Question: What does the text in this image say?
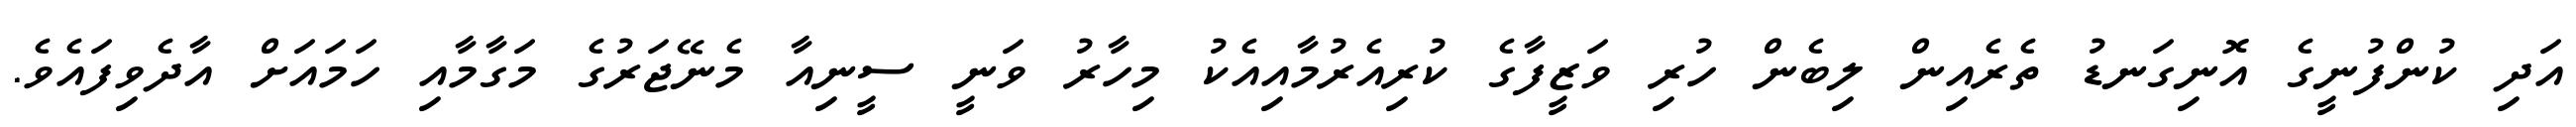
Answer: އަދި ކުންފުނީގެ އޮނިގަނޑު ތެރެއިން ލިބެން ހުރި ވަޒީފާގެ ކުރިއެރުމާއިއެކު މިހާރު ވަނީ ސީނިއާ މެނޭޖަރުގެ މަގާމާއި ހަމައަށް އާދެވިފައެވެ.